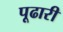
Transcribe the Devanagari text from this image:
पूढारी